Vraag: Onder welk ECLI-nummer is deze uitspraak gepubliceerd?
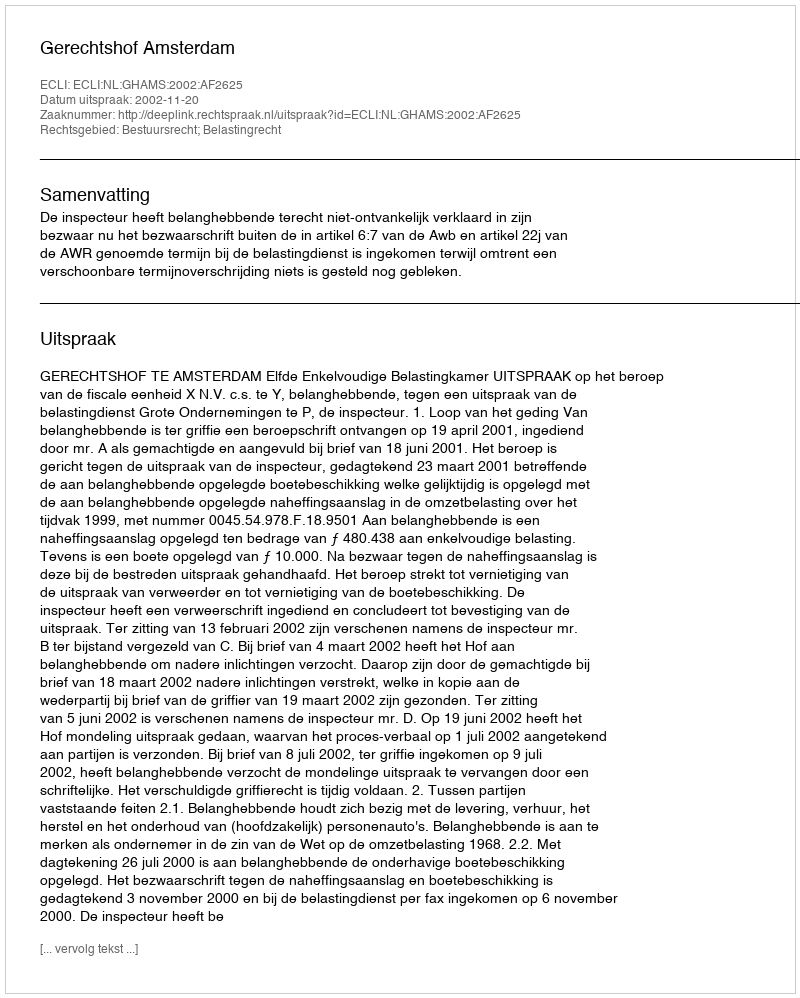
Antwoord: ECLI:NL:GHAMS:2002:AF2625